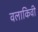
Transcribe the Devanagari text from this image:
वलाकिवी